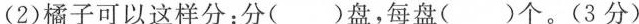
(2)橘子可以这样分：分( )盘，每盘( )个。(3分)